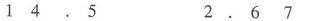
14.5 2.67